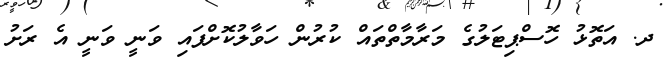
ދ. އަތޮޅު ހޮސްޕިޓަލުގެ މަރާމާތްތައް ކުރުން ހަވާލުކޮށްފައި ވަނީ ވަނީ އެ ރަށު